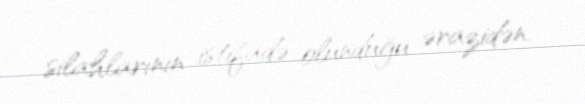
silahlarının istifadə olunduğu ərazidən.